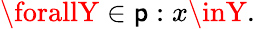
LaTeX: \forallY\in\mathsf{p}:x\inY.